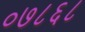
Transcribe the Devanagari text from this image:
०७८६८